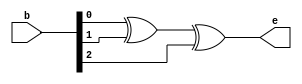
module even_parity_3bit(b,e);
input [2:0]b;
output e;
assign e = b[0] ^ b[1] ^ b[2];
endmodule
//////////////////////////////////////Test Bench/////////////////////////////////

module even_parity_3bit_tb();
reg [2:0]b;
wire e;
even_parity_3bit e1(b,e);
initial
	begin
for (b=0;b<8;b=b+1)
		begin
		#5;
		end
	end
initial
begin
#40 $stop;
end
endmodule